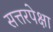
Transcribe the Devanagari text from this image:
सत्तरपेक्षा